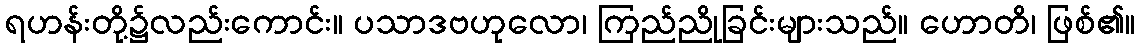
ရဟန်းတို့၌လည်းကောင်း။ ပသာဒဗဟုလော၊ ကြည်ညိုခြင်းများသည်။ ဟောတိ၊ ဖြစ်၏။